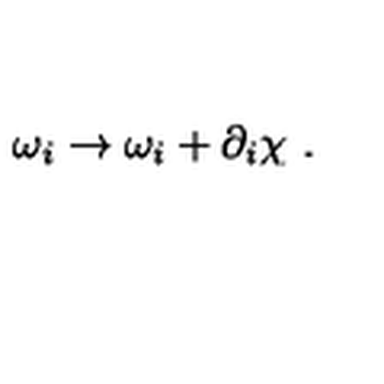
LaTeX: \omega _ { i } \rightarrow \omega _ { i } + \partial _ { i } \chi \ .